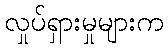
လှုပ်ရှားမှုများက